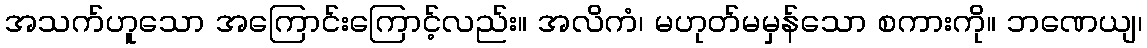
အသက်ဟူသော အကြောင်းကြောင့်လည်း။ အလိကံ၊ မဟုတ်မမှန်သော စကားကို။ ဘဏေယျ၊